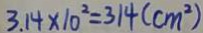
3 . 1 4 \times 1 0 ^ { 2 } = 3 1 4 ( c m ^ { 2 } )